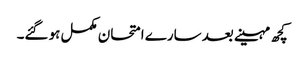
کچھ مہینے بعد سارے امتحان مکمل ہو گئے۔